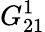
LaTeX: G_{21}^{1}